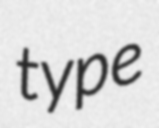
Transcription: type